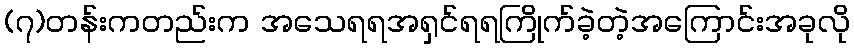
(၇)တန်းကတည်းက အသေရရအရှင်ရရကြိုက်ခဲ့တဲ့အကြောင်းအခုလို